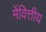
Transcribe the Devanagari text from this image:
मेंवित्तीय